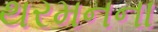
થરમનના